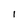
Character: I